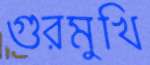
গুরমুখি